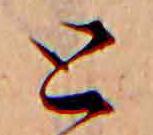
と